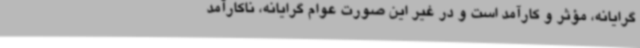
گرایانه، مؤثر و کارآمد است و در غیر این صورت عوام گرایانه، ناکارآمد